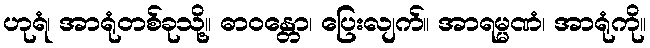
ဟုရံ၊ အာရုံတစ်ခုသို့။ ဓာဝန္တော၊ ပြေးလျက်။ အာရမ္မဏံ၊ အာရုံကို။